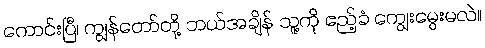
ကောင်းပြီ၊ ကျွန်တော်တို့ ဘယ်အချိန် သူ့ကို ဧည့်ခံ ကျွေးမွေးမလဲ။